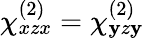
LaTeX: \chi_{xzx}^{(2)}=\chi_{\mathbf{y}z\mathbf{y}}^{(2)}